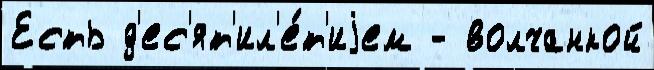
Есть д'ес'ят'ил'е́т'иjем - волчанкой